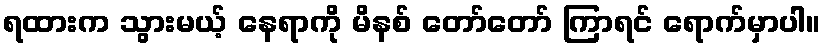
ရထားက သွားမယ့် နေရာကို မိနစ် တော်တော် ကြာရင် ရောက်မှာပါ။